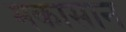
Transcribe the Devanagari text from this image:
मकासान